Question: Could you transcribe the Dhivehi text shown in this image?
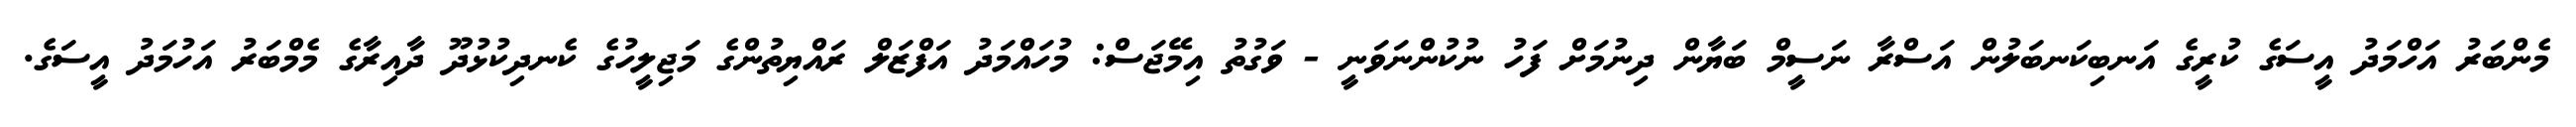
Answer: މެންބަރު އަހްމަދު އީސަގެ ކުރީގެ އަނބިކަނބަލުން އަސްރާ ނަސީމް ބަޔާން ދިނުމަށް ފަހު ނުކުންނަވަނީ - ވަގުތު އިމޭޖަސް: މުހައްމަދު އަފްޒަލް ރައްޔިތުންގެ މަޖިލީހުގެ ކެނދިކުޅުދޫ ދާއިރާގެ މެމްބަރު އަހުމަދު އީސަގެ.